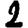
Digit: 2